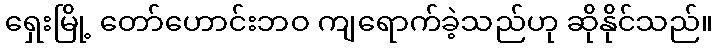
ရှေးမြို့ တော်ဟောင်းဘဝ ကျရောက်ခဲ့သည်ဟု ဆိုနိုင်သည်။